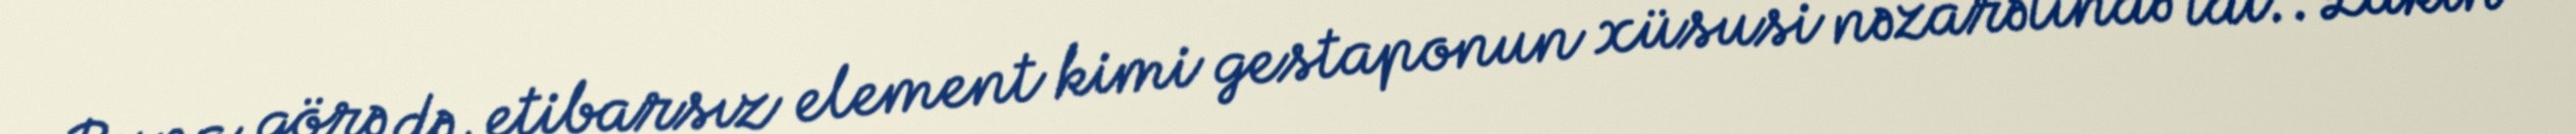
Buna görə də, etibarsız element kimi gestaponun xüsusi nəzarətində idi.. Lakin